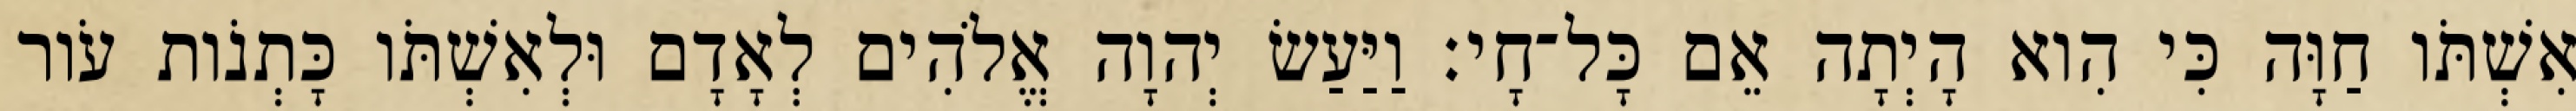
אִשְׁתֹּו חַוָּה כִּי הִוא הָיְתָה אֵם כָּל־חָי׃ וַיַּעַשׂ יְהוָה אֱלֹהִים לְאָדָם וּלְאִשְׁתֹּו כָּתְנֹות עֹור